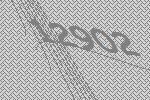
12902